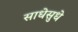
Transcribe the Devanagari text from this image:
साधेसुधे